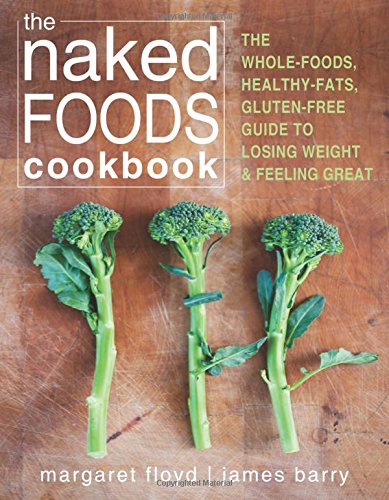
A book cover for The Naked Foods Cookbook: The Whole-Foods, Healthy-Fats, Gluten-Free Guide to Losing Weight and Feeling Great; Margaret Floyd NTP  HHC  CHFS; Health, Fitness & Dieting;